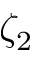
\zeta _ { 2 }